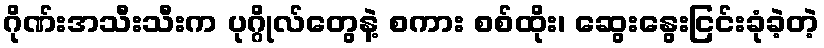
ဂိုဏ်းအသီးသီးက ပုဂ္ဂိုလ်တွေနဲ့ စကား စစ်ထိုး၊ ဆွေးနွေးငြင်းခုံခဲ့တဲ့